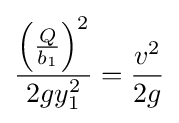
{\frac {\left({\frac {Q}{b_{1}}}\right)^{2}}{2gy_{1}^{2}}}={\frac {v^{2}}{2g}}